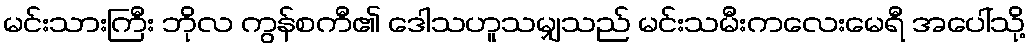
မင်းသားကြီး ဘိုလ ကွန်စကီ၏ ဒေါသဟူသမျှသည် မင်းသမီးကလေးမေရီ အပေါ်သို့